Lunatic asylums Central Provinces reports 1895-1909 - 1895-1909
Year: 1895
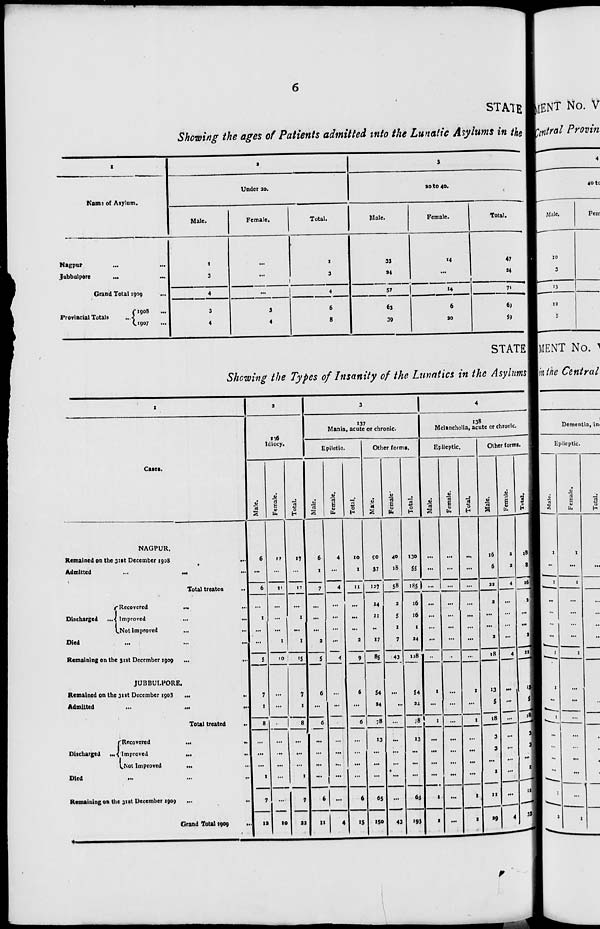
6
STATE
Showing the ages of Patients admitted into the Lunatic Asylums in the
1
Name of Asylum.
Nagpur ... ...
Jubbulpore ... ...
Grand Total 1909 ...
Provincial Totals
...
1908 ...
1907 ...
2
Under 20.
Male.
1
3
4
3
4
Female.
...
...
...
3
4
Total.
1
3
4
6
8
3
20 to 40.
Male.
33
24
57
63
39
Female.
14
...
14
6
20
Total.
47
24
71
69
59
STATE
Showing the Types of Insanity of the Lunatics in the Asylums
1
Cases.
NAGPUR.
Remained on the 31st December 1908
...
Admitted ... ...
Total treated ...
Discharged ...
Recovered
...
...
Improved
...
...
Not improved ... ...
Died ... ... ...
Remaining on the 31st December 1909 ...
JUBBULPORE.
Remained on the 31st December 1903 ... ...
Admitted ... ... ...
Total treated
...
Discharged ...
Recovered ... ...
Improved ... ...
Not Improved
...
...
Died ... ... ...
Remaining on the 31st December 1909
...
...
Grand Total 1909
...
2
116
Idiocy.
Male.
6
...
6
...
1
...
...
5
7
1
8
...
...
...
1
7
12
Female.
11
...
11
...
...
...
1
10
...
...
...
...
...
...
...
...
10
Total.
17
...
17
...
1
...
1
15
7
1
8
...
...
...
1
7
22
3
137
Mania, acute or chronic.
Epiletic.
Male.
6
1
7
...
...
...
2
5
6
...
6
...
...
....
...
6
11
Female.
4
...
4
...
...
...
...
4
...
...
...
...
...
...
...
...
4
Total.
10
1
11
...
...
...
2
9
6
...
6
...
...
...
...
6
15
Other forms.
Male.
90
37
127
14
11
...
17
85
54
24
78
13
...
...
...
65
150
Female.
40
18
58
2
5
1
7
43
...
...
...
...
...
...
...
...
43
Total.
130
55
185
16
16
1
24
128
54
24
78
13
...
...
...
65
193
4
138
Melancholia, acute or chronic.
Epileptic.
Male.
...
...
...
...
...
...
...
...
1
...
1
...
...
...
...
1
1
Female.
...
...
...
...
...
...
...
...
...
...
...
...
...
...
...
...
...
Total.
...
...
...
...
...
...
...
...
1
...
1
...
...
...
...
1
1
Other forms.
Male.
16
6
22
2
...
...
2
18
13
5
18
3
3
...
1
11
29
Female.
2
2
4
...
...
...
...
4
...
...
...
...
...
...
...
...
4
Total.
18
8
26
2
...
...
2
22
13
5
18
3
3
...
1
11
33